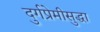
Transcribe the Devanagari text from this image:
दुर्गप्रेमीसुद्धा